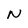
Character: N